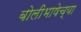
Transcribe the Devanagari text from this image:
बोलीभाषेच्या